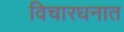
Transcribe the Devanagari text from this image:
विचारधनात